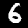
Label: 6